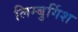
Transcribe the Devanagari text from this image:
लिम्बुर्गिश